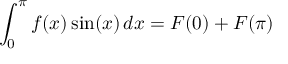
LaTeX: \int _ { 0 } ^ { \pi } f ( x ) \sin ( x ) \, d x = F ( 0 ) + F ( \pi )